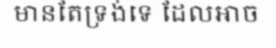
មានតែទ្រង់ទេ ដែលអាច